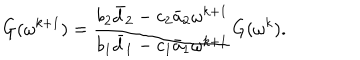
G ( \omega ^ { k + 1 } ) = \frac { b _ { 2 } \bar { d } _ { 2 } - c _ { 2 } \bar { a } _ { 2 } \omega ^ { k + 1 } } { b _ { 1 } \bar { d } _ { 1 } - c _ { 1 } \bar { a } _ { 1 } \omega ^ { k + 1 } } G ( \omega ^ { k } ) .